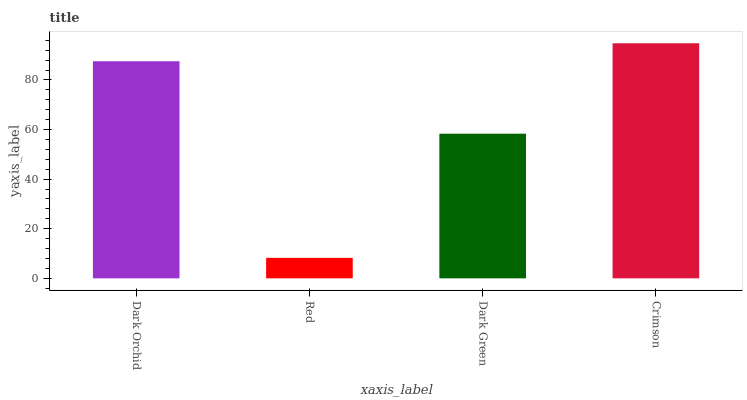
| xaxis_label | bars |
 | --- | --- |
 | Dark Orchid | 87.5 |
 | Red | 8.27 |
 | Dark Green | 58.3 |
 | Crimson | 94.8 |